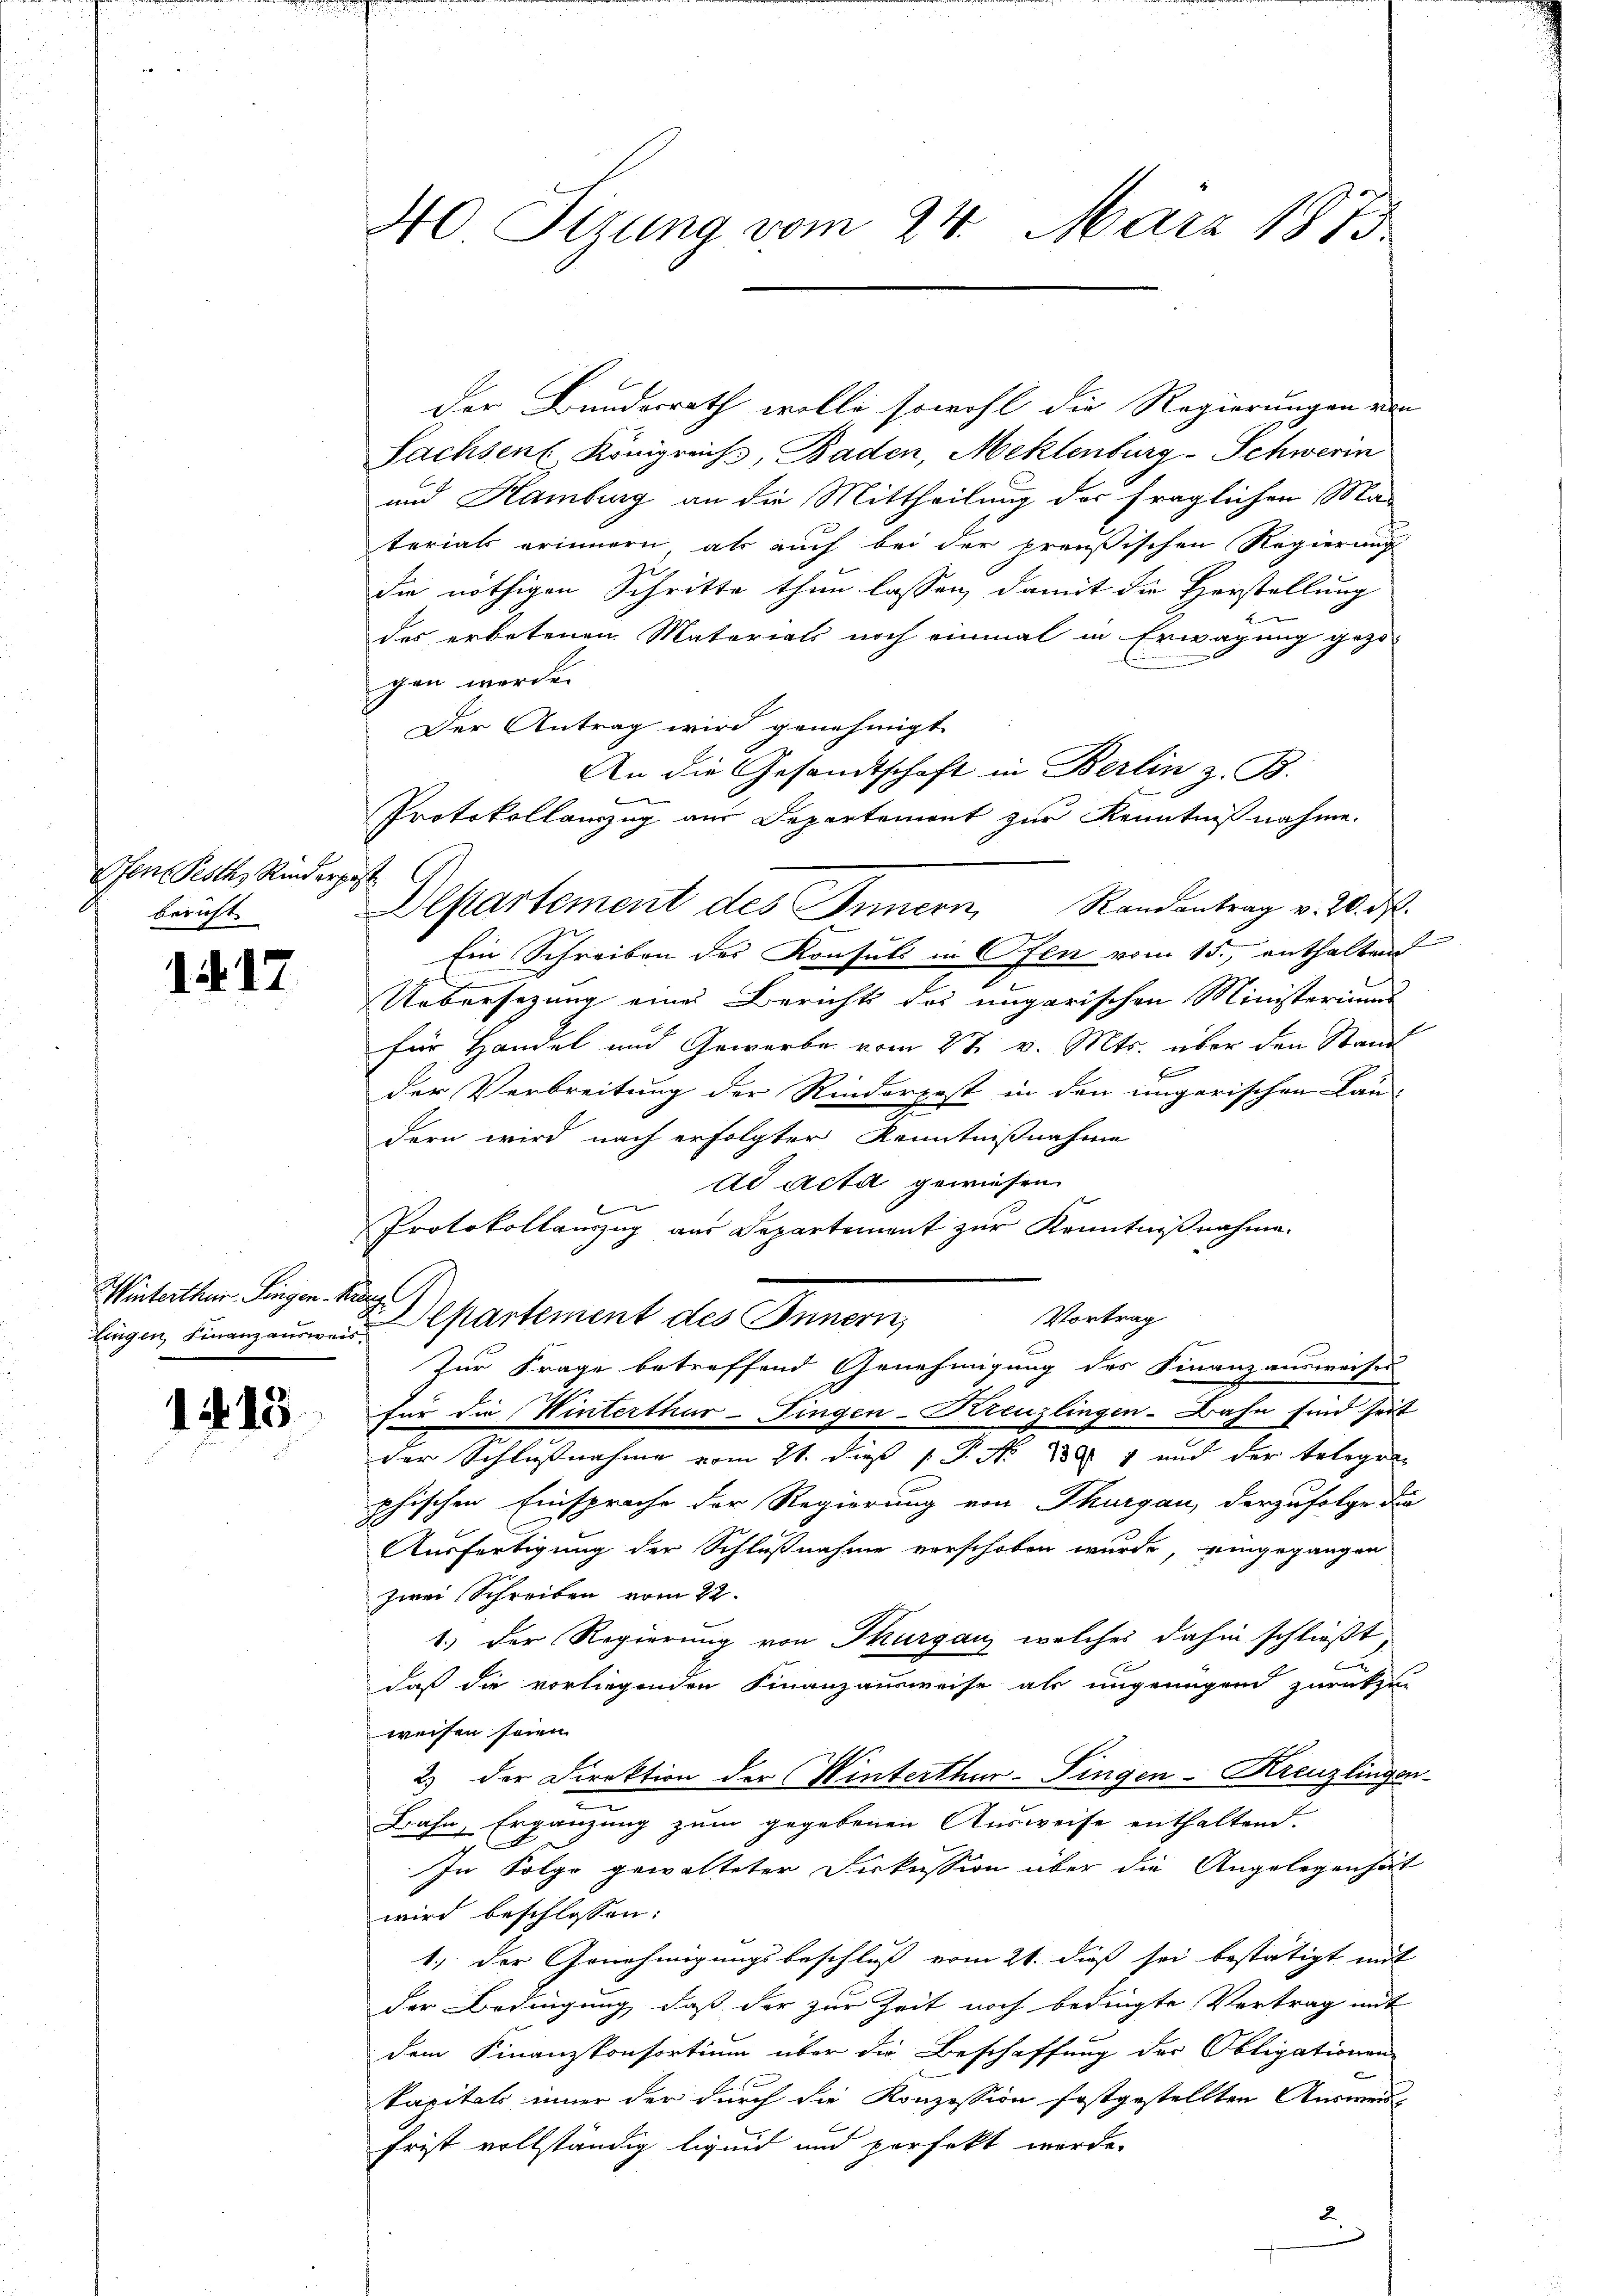
Ofen Pesth Rinderpe
bericht

1417

Winterthur Singen König.

1415

40 Sizung vom 24. März 1873.

1

dingen Finanzauren Departement des Innern,

Der Bundesrath wolle sowohl die Regierungen von
Sachsen Königreich, Baden, Meklenburg-Schwerin
und Hamburg an die Mittheilung der fraglichen Ma-
terials erinnern als auch bei der preußischen Regierung
die nöthigen Schritte thun lassen, damit die Herstellung
des erbetenen Materials noch einmal in Erwägung gezo-
gen werde.
Der Antrag wird genehmigt.
An die Gesandtschaft in Berlin z. B.
Protokollanzug aus Departement zur Kenntnißnahme.
Ein Schreiben des Konsuls in Ofen vom 15., enthalten
Uebersezung eines Berichts des ungarischen Ministeriums
für Handel und Gewerbe vom 2t v. Mts. über den Stand

der Verbreitung der Rinderpost in den ungarischen Lan-
dern wird nach erfolgter Kenntnißnahme
ad Acta gewiesen.
e
Protokollanzug aus Departement zur Kenntniβnahme.
Vortrag
Zur Frage betreffend Genehmigung des Finanzausweiser
für die Winterthur-Fingen-Kreuzlingen-Bahn sind seit
der Schlußnahme vom 21. dieß P. No 138. 1 und der telegraphischen Einsprache der Regierung von Thurgau, derzufolge die
Ausfertigung der Schlußnahme verschoben wurde, eingegangen
zwei Schreiben vom 22.
1.) Der Regierung von Thurgau, welches dahin schließt
daß die vorliegenden Finanzausweise als ungenügend zurückzu-
weisen seien.
2) der Direktion der Winterthur-Fingen-Kreuzlingen
Bahn, Ergänzung zum gegebenen Ausweise enthaltend.
In Folge gewalteter Diskussion über die Angelegen hät
wird beschlossen:
1.) Der Genehmigungsbeschluss vom 21. dieß sei bestätigt mit
der Bedingung, daß der zur Zeit noch bedingte Vertrag mit
dem Finanzkonsortium über die Beschaffung der Obligationen-
kapitals inner der durch die Konzession festgestellten Ausweis
frist vollständig liquid und perfekt werde.

Alptartement des Innern Randantrag v. 20. d.